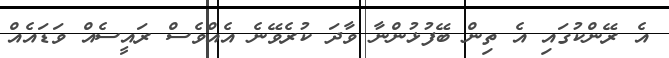
އެ ރޭންކުގައި އެ ތިން ބޭފުޅުންނާ ވާދަ ކުރެވޭނެ އެއްވެސް ރައީސެއް ވަޑައެއް